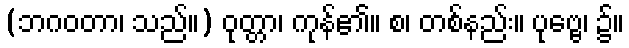
(ဘဂဝတာ၊ သည်။) ဝုတ္တာ၊ ကုန်၏။ စ၊ တစ်နည်း။ ပုဗ္ဗေ၊ ၌။